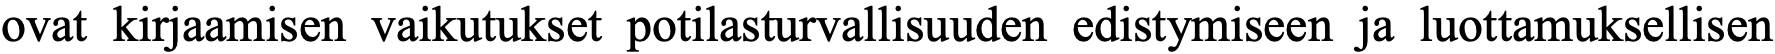
ovat kirjaamisen vaikutukset potilasturvallisuuden edistymiseen ja luottamuksellisen